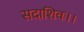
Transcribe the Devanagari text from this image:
सदाशिवः।।